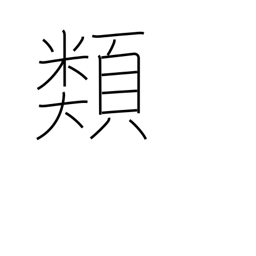
Meaning: genus